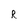
Character: R